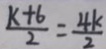
\frac { k + 6 } { 2 } = \frac { 4 k } { 2 }